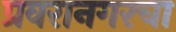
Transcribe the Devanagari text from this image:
प्रवरानगरचा